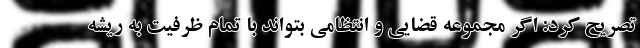
تصریح کرد: اگر مجموعه قضایی و انتظامی بتواند با تمام ظرفیت به ریشه‌